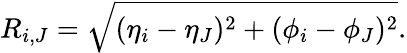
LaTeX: R_{i,J}=\sqrt{(\eta_{i}-\eta_{J})^{2}+(\phi_{i}-\phi_{J})^{2}}.